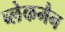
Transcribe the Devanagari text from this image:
ब्लेकमैन